Civil Veterinary Dept. Bombay admin report 1900-1906 - 1900-1906
Year: 1900
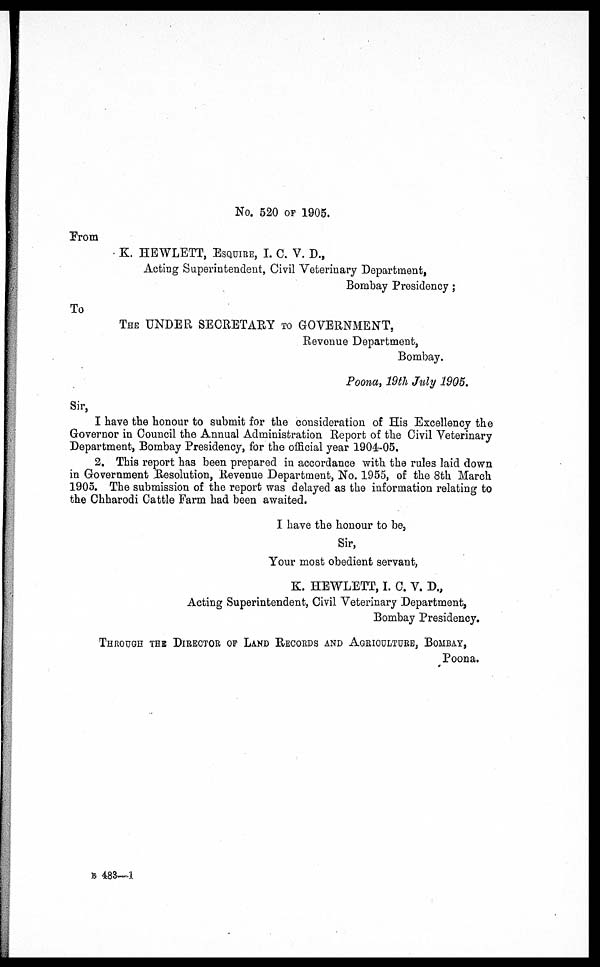
No. 520 OF 1905.
Prom
K. HEWLETT, ESQUIRE, I. C. V. D.,
Acting Superintendent, Civil Veterinary Department,
Bombay Presidency;
To
THE UNDER SECRETARY TO GOVERNMENT,
Revenue Department,
Bombay.
Poona, 19th July 1905.
Sir,
I have the honour to submit for the consideration of His Excellency the
Governor in Council the Annual Administration Report of the Civil Veterinary
Department, Bombay Presidency, for the official year 1904-05.
2. This report has been prepared in accordance with the rules laid down
in Government Resolution, Revenue Department, No. 1955, of the 8th March
1905. The submission of the report was delayed as the information relating to
the Chharodi Cattle Farm had been awaited.
I have the honour to be,
Sir,
Your most obedient servant,
K. HEWLETT, I. C. V. D.,
Acting Superintendent, Civil Veterinary Department,
Bombay Presidency.
THROUGH THE DIRECTOR OF LAND RECORDS AND AGRICULTURE, BOMBAY,
Poona.
B 483—1